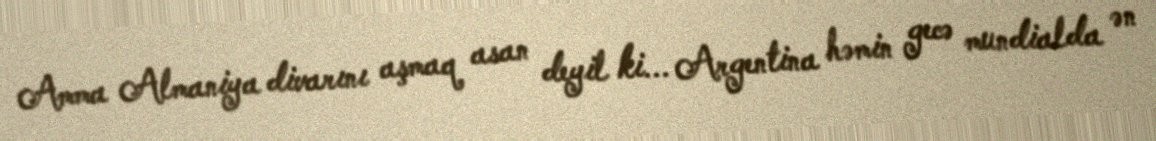
Amma Almaniya divarını aşmaq asan deyil ki... Argentina həmin gecə mundialda ən